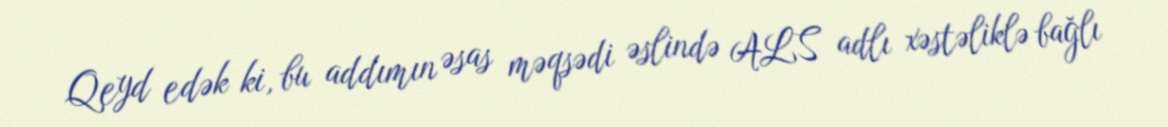
Qeyd edək ki, bu addımın əsas məqsədi əslində ALS adlı xəstəliklə bağlı